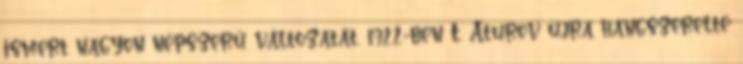
ismert nagyon népszerű változatát. 1922-ben T. Aturov újra hangszerelte